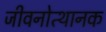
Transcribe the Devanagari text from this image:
जीवनोत्थानक